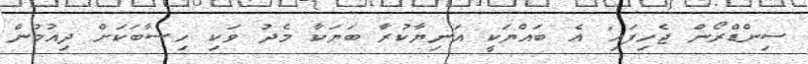
ސިންޑްރޯން ޖެހިފައި" އެ ބައްޔަކީ އަނިޔާކުރާ ބަޔަކާ މެދު ވަކި ހިސާބަކަށް ދިއުމުން